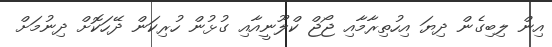
އިން ލިބިގެން ދިޔަ އިހުތިރާމާއި ޖޯޖް ކްލޫނީއާއި ގުޅުން ހުރިކަން ދޭހަކޮށް ދިނުމަށް